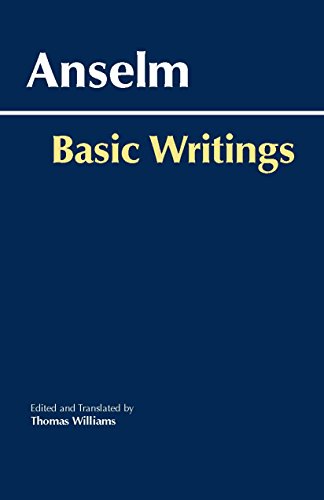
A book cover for Anselm: Basic Writings (Hackett Classics); Anselm; Politics & Social Sciences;